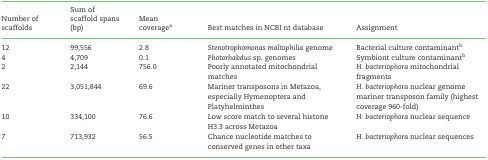
<table><thead><tr><td><b>Number of scaffolds</b></td><td><b>Sum of scaffold spans (bp)</b></td><td><b>Mean coverage<sup>a</sup></b></td><td><b>Best matches in NCBI nt database</b></td><td><b>Assignment</b></td></tr></thead><tbody><tr><td>12</td><td>99,556</td><td>2.8</td><td><i>Stenotrophomonas maltophilia</i> genome</td><td>Bacterial culture contaminant<sup>b</sup></td></tr><tr><td>4</td><td>4,709</td><td>0.1</td><td><i>Photorhabdus</i>sp. genomes</td><td>Symbiont culture contaminant<sup>b</sup></td></tr><tr><td>2</td><td>2,144</td><td>756.0</td><td>Poorly annotated mitochondrial matches</td><td><i>H. bacteriophora</i> mitochondrial fragments</td></tr><tr><td>22</td><td>3,051,844</td><td>69.6</td><td>Mariner transposons in Metazoa, especially Hymenoptera and Platyhelminthes</td><td><i>H. bacteriophora</i> nuclear genome mariner transposon family (highest coverage 960-fold)</td></tr><tr><td>10</td><td>334,100</td><td>76.6</td><td>Low score match to several histone H3.3 across Metazoa</td><td><i>H. bacteriophora</i> nuclear sequence</td></tr><tr><td>7</td><td>713,932</td><td>56.5</td><td>Chance nucleotide matches to conserved genes in other taxa</td><td><i>H. bacteriophora</i> nuclear sequences</td></tr></tbody></table>